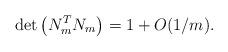
LaTeX: \begin{align*} \det\left(N_m^T N_m\right) = 1 + O(1/m).\end{align*}